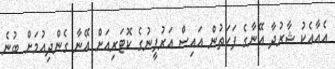
އެއާއެކު ޝާރުދާ އޭނާގެ ފަހަތުން އައިސް އަރުފީނުގެ ކޮޓަރިއަށް އޭނާ ގެންދިއުމަށް ބުނެ